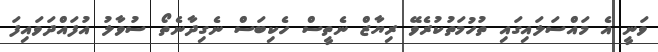
ވަނީ އެ މައްސަލައިގައި ތުހުމަތުކުރެވޭ ރިޔާޒް ނެތީސް ހެކިބަސް ނެގިދާނެތޯ ސުވާލު އުފައްދަވައިފަ